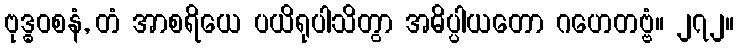
ဗုဒ္ဓဝစနံ, တံ အာစရိယေ ပယိရုပါသိတွာ အဓိပ္ပါယတော ဂဟေတဗ္ဗံ။ ၂၇၂။